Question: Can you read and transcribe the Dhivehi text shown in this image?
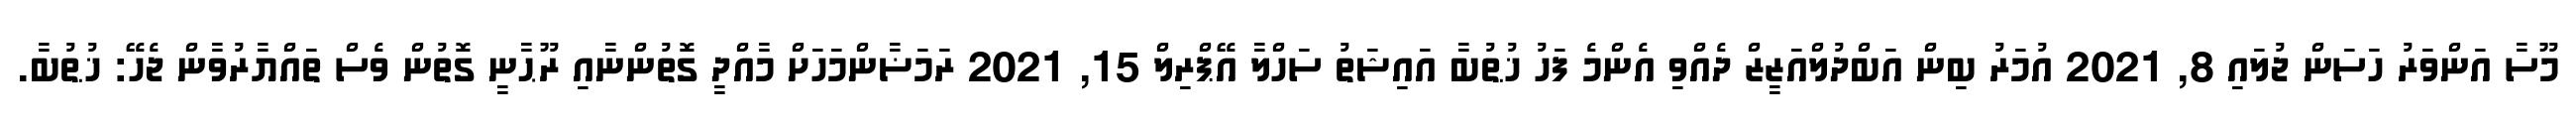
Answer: މޫސާ އަންވަރު ހަސަން ޖުލައި 8, 2021 އުމަރު ބިން އަބްދުލްއަޒީޒް ދެއްވި އެންމެ ފަހު ޚުޠުބާ އައިޝަތު ސަހްލާ އޭޕްރިލް 15, 2021 ރަމަޟާންމަހަށް މާއްދީ ގޮތުންނާއި ރޫޙާނީ ގޮތުން ވެސް ތައްޔާރުވާން ޖެހޭ: ޚުޠުބާ.